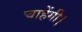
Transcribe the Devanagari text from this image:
चाहेंगी।